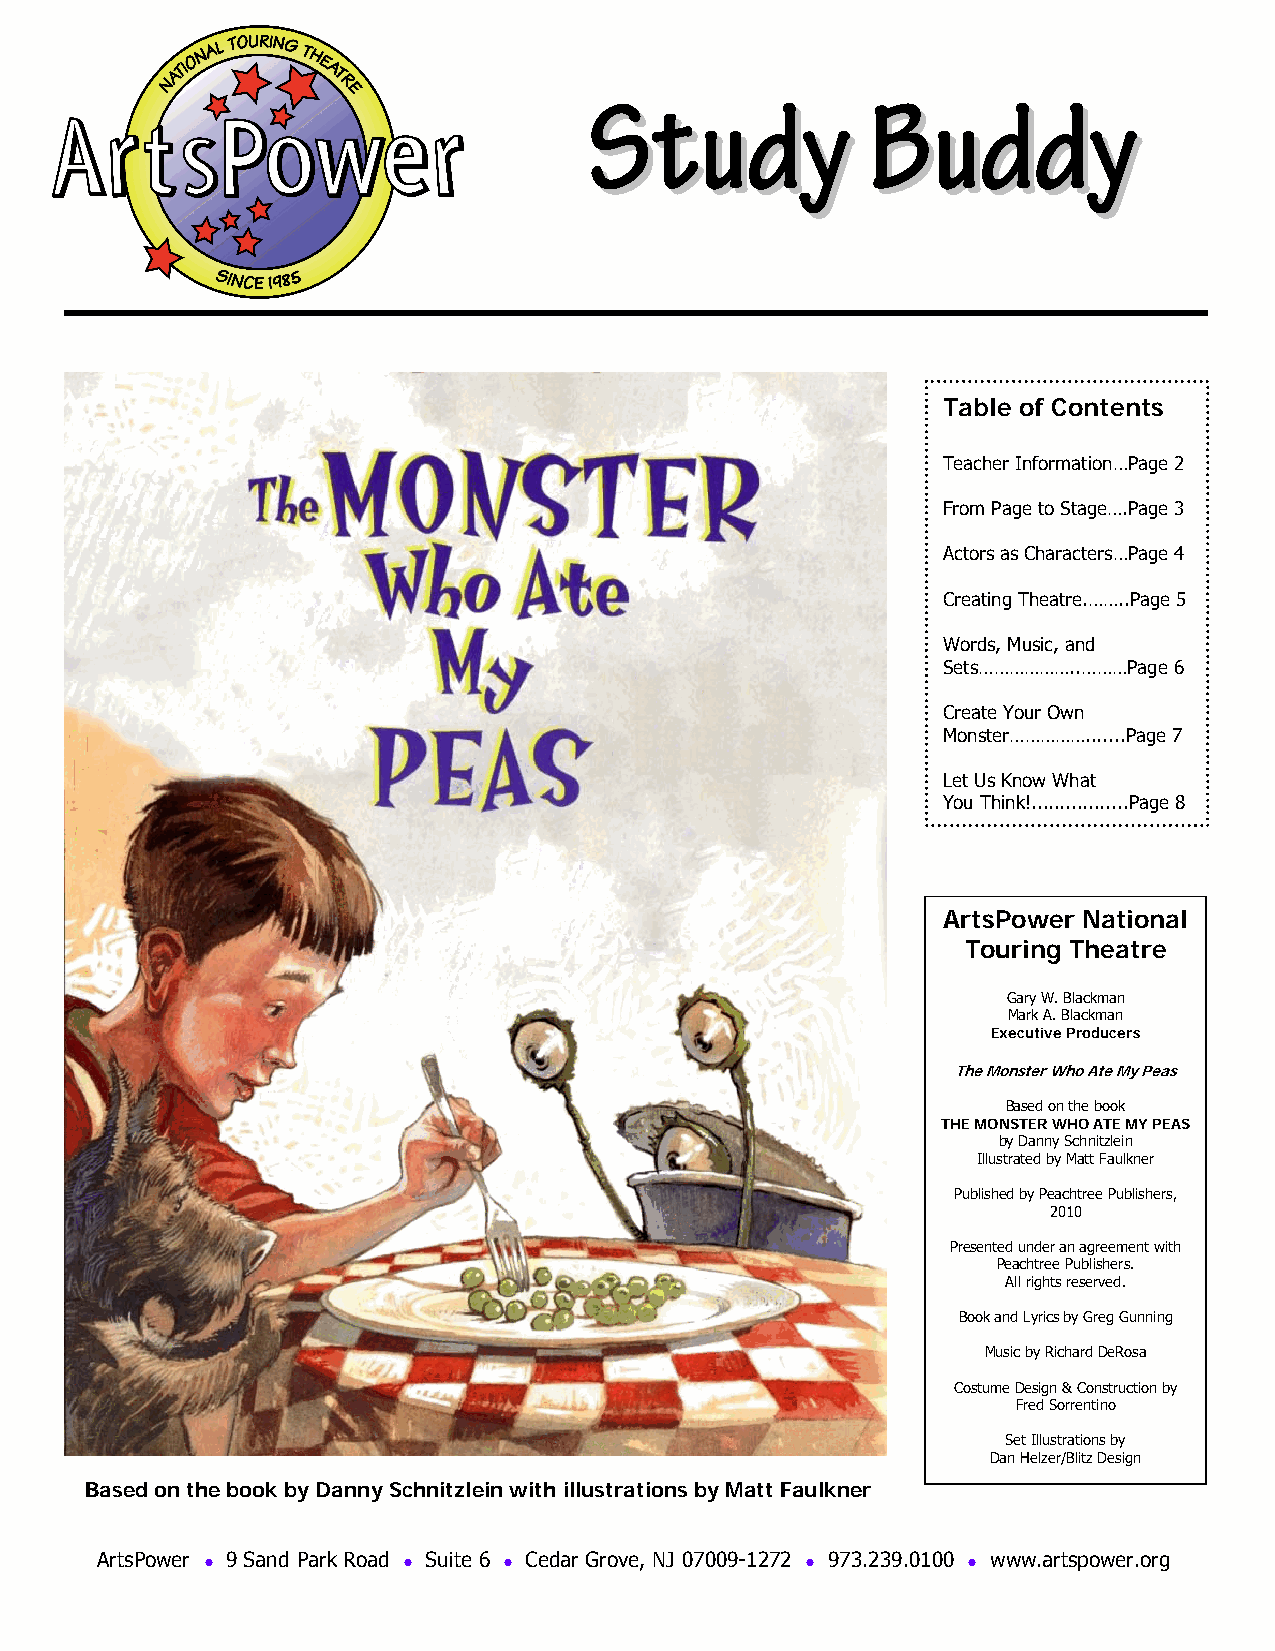
SSttuuddyy        BBuuddddyy
 Table of Contents
 Teacher Information…Page 2
 From Page to Stage….Page 3
 Actors as Characters…Page 4
 Creating Theatre.……..Page 5
 Words, Music, and
 Sets………………..………Page 6
 Create Your Own
 Monster…………….......Page 7
 Let Us Know What
 You Think!.................Page 8
 ArtsPower National
 Touring Theatre
 Gary W. Blackman
 Mark A. Blackman
 Executive Producers
 The Monster Who Ate My Peas
 Based on the book
 THE MONSTER WHO ATE MY PEAS
 by Danny Schnitzlein
 Illustrated by Matt Faulkner
 Published by Peachtree Publishers,
 2010
 Presented under an agreement with
 Peachtree Publishers.
 All rights reserved.
 Book and Lyrics by Greg Gunning
 Music by Richard DeRosa
 Costume Design & Construction by
 Fred Sorrentino
 Set Illustrations by
 Dan Helzer/Blitz Design
 Based on the book by Danny Schnitzlein with illustrations by Matt Faulkner
 ArtsPower ● 9 Sand Park Road ● Suite 6 ● Cedar Grove, NJ 07009-1272 ● 973.239.0100 ● www.artspower.org